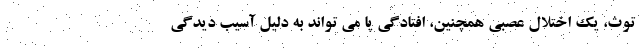
توث، یک اختلال عصبی همچنین، افتادگی پا می تواند به دلیل آسیب دیدگی